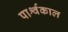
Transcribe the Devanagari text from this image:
पार्श्वकाल